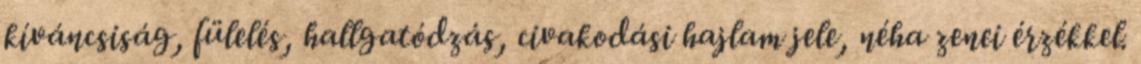
kíváncsiság, fülelés, hallgatódzás, civakodási hajlam jele, néha zenei érzékkel.